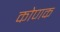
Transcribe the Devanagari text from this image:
कोणक